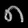
Digit: ၈